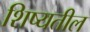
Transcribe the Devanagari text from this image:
शिष्यतील